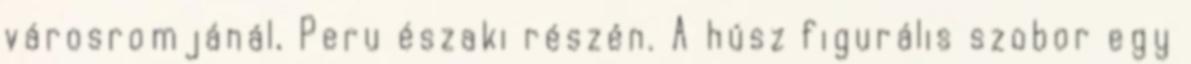
városromjánál, Peru északi részén. A húsz figurális szobor egy